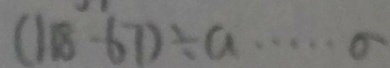
( 1 8 - 6 7 ) \div a \cdots 0